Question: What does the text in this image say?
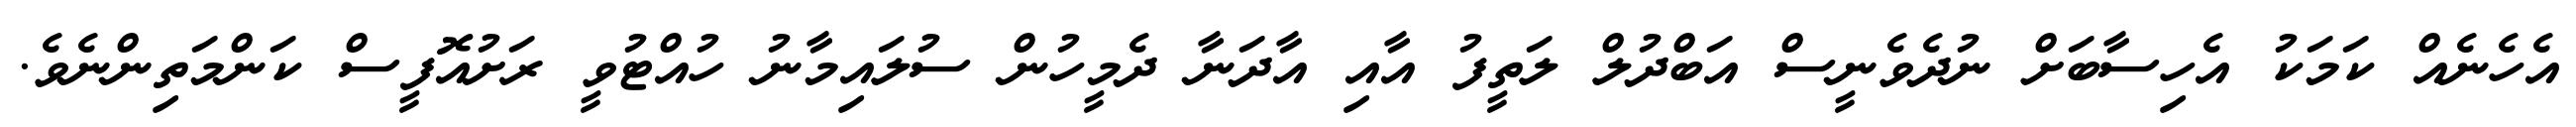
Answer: އެހެނެއް ކަމަކު އެހިސާބަށް ނުދެވެނީސް އަބްދުލް ލަތީފު އާއި އާދަނާ ދެމީހުން ސުލައިމާނު ހުއްޓުވީ ރަށުއޮފީސް ކަންމަތިންނެވެ.